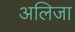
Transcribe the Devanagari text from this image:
अलिजा